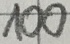
Text: 100